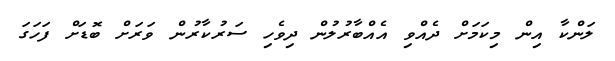
ލަންކާ އިން މިކަމަށް ދެއްވި އެއްބާރުލުން ދިވެހި ސަރުކާރުން ވަރަށް ބޮޑަށް ފަހަގަ